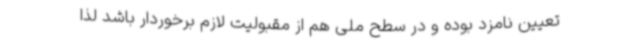
تعیین نامزد بوده و در سطح ملی هم از مقبولیت لازم برخوردار باشد لذا